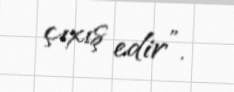
çıxış edir”.